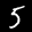
Label: 5